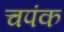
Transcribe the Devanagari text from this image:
चपंक